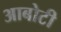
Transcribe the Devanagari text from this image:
आबोटी